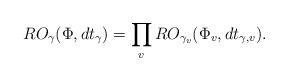
LaTeX: \begin{align*}RO_{\gamma}(\Phi,dt_{\gamma})=\prod_v RO_{\gamma_v}(\Phi_v,dt_{\gamma,v}).\end{align*}